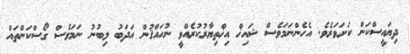
ދިޔައީސްކަން ކަށަވަރެވެ. އެހެންނަމަވެސް ޝައިޚް އިޚްތިޔާރުކުރެއްވީ ނުޙައްޤުން އަދަބު ލިބުނު ނަމަވެސް ގޯސްކަންތައް